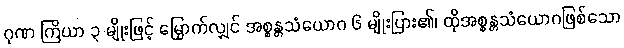
ဂုဏ ကြိယာ ၃ မျိုးဖြင့် မြှောက်လျှင် အစ္စန္တသံယောဂ ၆ မျိုးပြား၏၊ ထိုအစ္စန္တသံယောဂဖြစ်သော